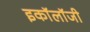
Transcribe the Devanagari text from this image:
इकाॅलाॅजी